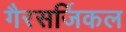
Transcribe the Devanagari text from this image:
गैरसर्जिकल